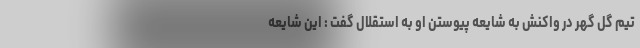
تیم گل گهر در واکنش به شایعه پیوستن او به استقلال گفت : این شایعه